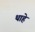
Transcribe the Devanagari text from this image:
थाहे